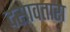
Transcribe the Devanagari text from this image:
दसावतारा